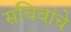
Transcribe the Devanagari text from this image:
सचिवांचे